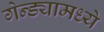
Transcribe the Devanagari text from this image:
गेन्ड्यामध्ये